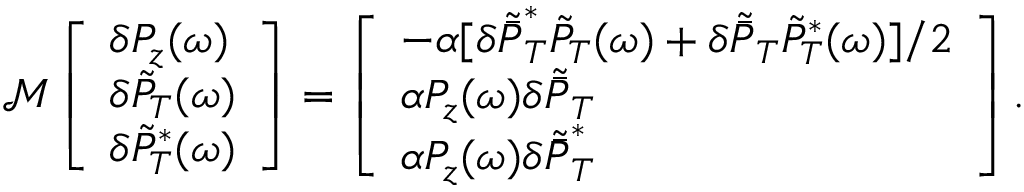
\begin{array} { r } { \mathcal M \left[ \begin{array} { l } { \delta P _ { z } ( \omega ) } \\ { \delta \tilde { P } _ { T } ( \omega ) } \\ { \delta \tilde { P } _ { T } ^ { * } ( \omega ) } \end{array} \right] = \left[ \begin{array} { l } { - \alpha [ \delta \tilde { \bar { P } } _ { T } ^ { * } \tilde { P } _ { T } ( \omega ) + \delta \tilde { \bar { P } } _ { T } \tilde { P } _ { T } ^ { * } ( \omega ) ] / 2 } \\ { \alpha P _ { z } ( \omega ) \delta \tilde { \bar { P } } _ { T } } \\ { \alpha P _ { z } ( \omega ) \delta \tilde { \bar { P } } _ { T } ^ { * } } \end{array} \right] . } \end{array}